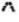
^